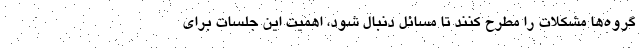
گروه‌ها مشکلات را مطرح کنند تا مسائل دنبال شود، اهمیت این جلسات برای